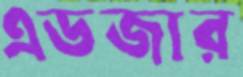
এডজার